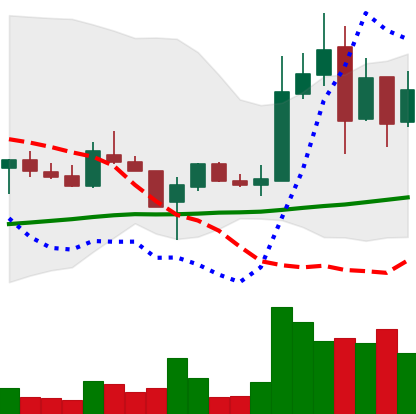
Ticker: LTC-USD
Chart end date: 2017-11-13
Forward return: 13.433%
Label: up_7plus